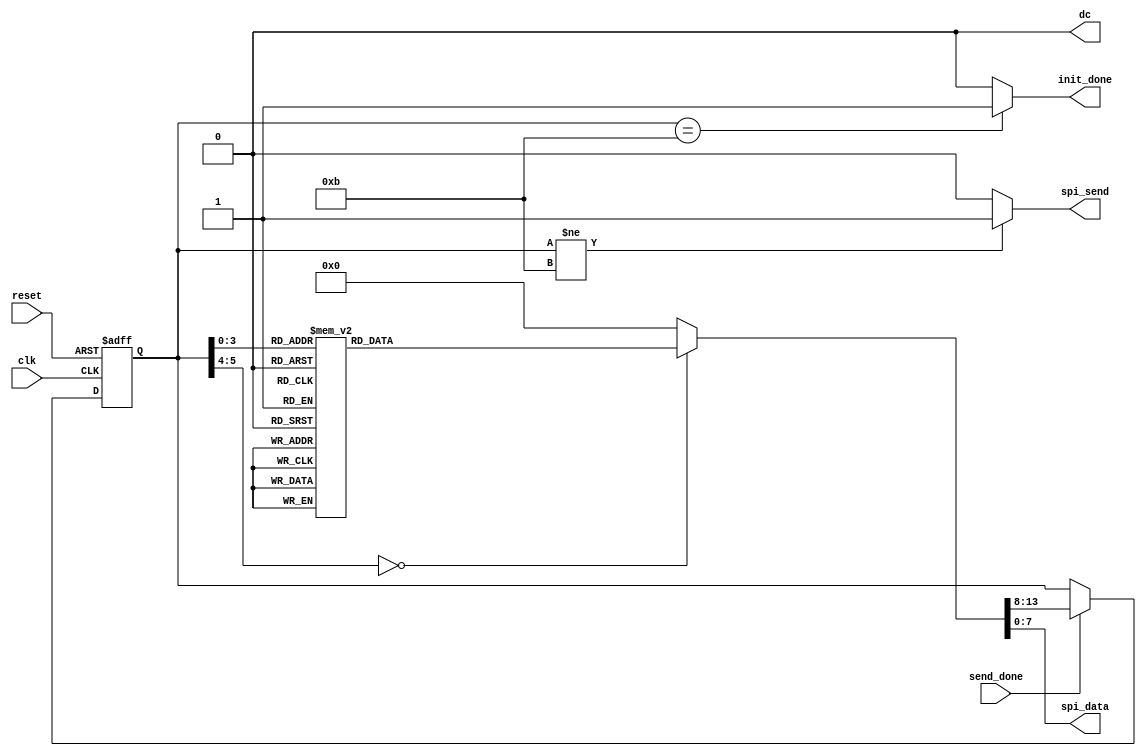
`timescale 1ns / 1ps
//////////////////////////////////////////////////////////////////////////////////
// Company: 
// Engineer: 
// 
// Design Name: 
// Module Name: oled
// Project Name: 
// Target Devices: 
// Tool Versions: 
// Description: 
// 
// Dependencies: 
// 
// Revision:
// Revision 0.01 - File Created
// Additional Comments:
// 
//////////////////////////////////////////////////////////////////////////////////


module oled_init(
    input clk, // 1MHz
    input reset,
    input send_done,
    output spi_send,
    output reg [7:0]spi_data,
    output init_done,
    output dc
    );

    assign dc=0; // dc

    reg display_on;
    reg [7:0]set_pos_y;
    reg [7:0]set_pos_x; 
    reg charge_pump_on;

    // ?spi?
    wire[7:0]   Display_on=8'haf, 
                Display_off=8'hae,
                Set_display_clock_0=8'hd5,
                Set_display_clock_1=8'h80,
                Set_charge_pump_0=8'h8d,
                Set_charge_pump_1=8'h14,
                Set_contrast_0=8'h81,
                Set_contrast_1=8'hcf, //data
                Set_precharge_0=8'hd9,
                Set_inverse=8'ha0,
                Set_precharge_1=8'hf1; //data
    
    reg [5:0]cur_st,nxt_st;
    
    assign init_done=(cur_st==11)?1:0;
    assign spi_send=(cur_st!=11)?1:0;
                
    always@(posedge clk or posedge reset)
        if(reset)
            cur_st<=0;
        else if(send_done)
            cur_st<=nxt_st;
    
    always@(*)
    begin
        spi_data=0;
        nxt_st=cur_st;
        case(cur_st)
            0:begin spi_data=Display_off;        nxt_st=1;  end 
            1:begin spi_data=Set_display_clock_0;nxt_st=2;  end
            2:begin spi_data=Set_display_clock_1;nxt_st=3;  end
            3:begin spi_data=Set_charge_pump_0;  nxt_st=4 ; end 
            4:begin spi_data=Set_charge_pump_1;  nxt_st=5 ; end 
            5:begin spi_data=Set_contrast_0;     nxt_st=6 ; end 
            6:begin spi_data=Set_contrast_1;     nxt_st=7;  end 
            7:begin spi_data=Set_precharge_0;    nxt_st=8;  end 
            8:begin spi_data=Set_precharge_1;    nxt_st=9;  end 
            9:begin spi_data=Set_inverse;        nxt_st=10; end
            10:begin spi_data=Display_on;         nxt_st=11; end
            11:begin spi_data=0;                  nxt_st=11;  end         
            default:begin spi_data=0;nxt_st=0;end
        endcase
    end
    
endmodule